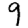
Digit: 9